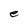
Character: e